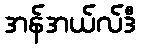
အန်အယ်လ်ဒီ